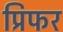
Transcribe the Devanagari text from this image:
प्रिफर